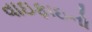
વાઇફાઇનો